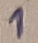
Text: 1